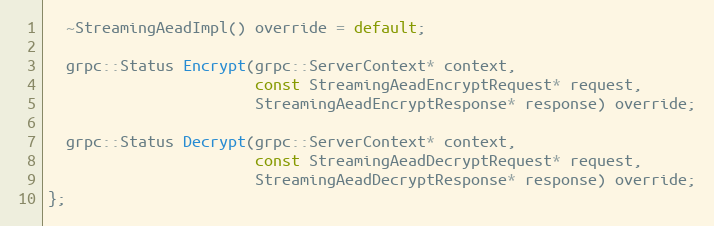
Language: C
  ~StreamingAeadImpl() override = default;

  grpc::Status Encrypt(grpc::ServerContext* context,
                       const StreamingAeadEncryptRequest* request,
                       StreamingAeadEncryptResponse* response) override;

  grpc::Status Decrypt(grpc::ServerContext* context,
                       const StreamingAeadDecryptRequest* request,
                       StreamingAeadDecryptResponse* response) override;
};